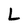
Character: L